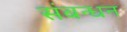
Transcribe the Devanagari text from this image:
संबन्धन